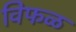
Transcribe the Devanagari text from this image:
विफळ